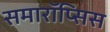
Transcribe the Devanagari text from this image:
समारॉप्सिस